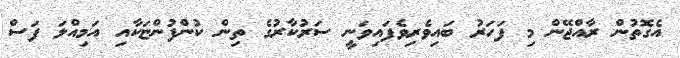
އެގޮތުން ރާއްޖޭން މި ފަހަރު ބައިވެރިވެފައިވަނީ ސަރުކާރުގެ ތިން ކުންފުންޏަކާއި އަމިއްލަ ފަސް